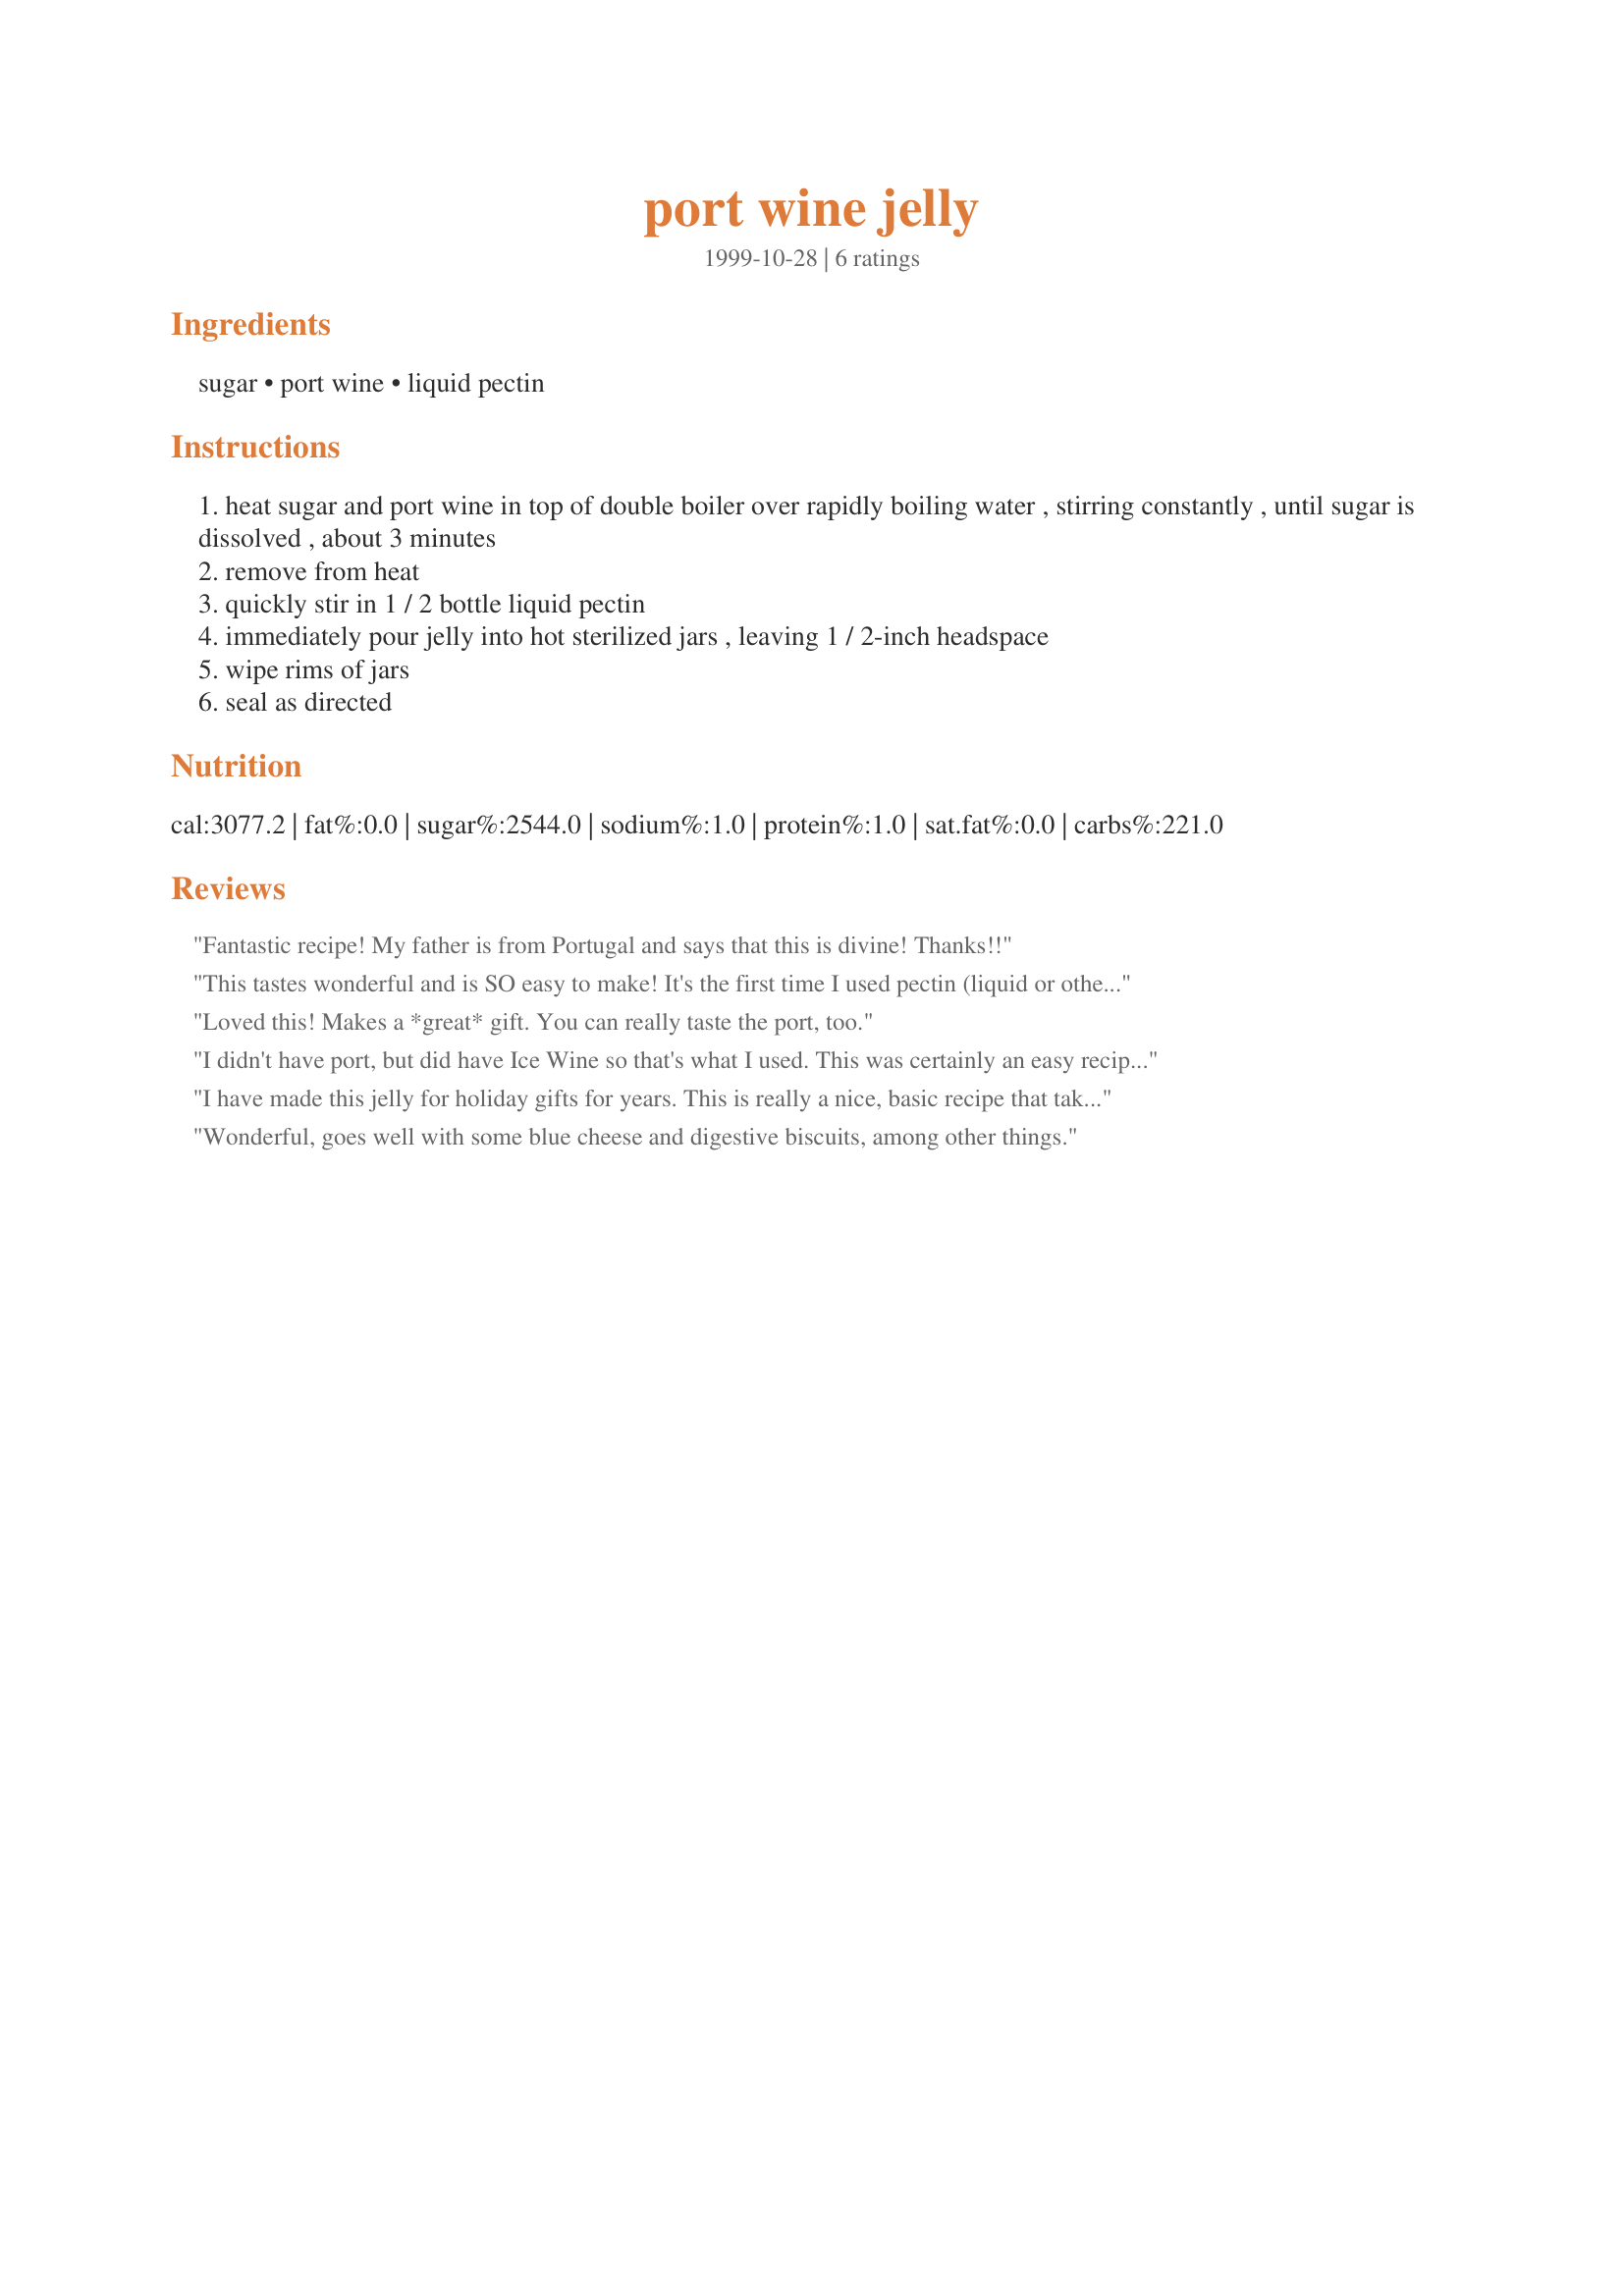
port wine jelly
Preparation time: 0 minutes

Ingredients:
sugar, port wine, liquid pectin

Steps:
heat sugar and port wine in top of double boiler over rapidly boiling water , stirring constantly , until sugar is dissolved , about 3 minutes
remove from heat
quickly stir in 1 / 2 bottle liquid pectin
immediately pour jelly into hot sterilized jars , leaving 1 / 2-inch headspace
wipe rims of jars
seal as directed

Reviews:
Fantastic recipe! My father is from Portugal and says that this is divine! Thanks!!
This tastes wonderful and is SO easy to make! It's the first time I used pectin (liquid or otherwise) and when it was still liquid after 10 minutes of processing I got a little concerned. I shouldn't have worried though - once the jars cooled everything jelled perfectly. If you're a port lover, this jelly is a must!
Loved this! Makes a *great* gift. You can really taste the port, too.
I didn't have port, but did have Ice Wine so that's what I used. This was certainly an easy recipe to follow and set up lovely, the taste is so good, I'll be using this in my holiday gift baskets and proud to give it.
I have made this jelly for holiday gifts for years. This is really a nice, basic recipe that takes very well to experimentation. I have used many different kinds of wines. Remember, if you don't like drinking it...you won't like eating it. So, use a good quality wine.
Wonderful, goes well with some blue cheese and digestive biscuits, among other things.
